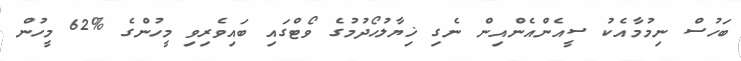
ބަހުސް ނިމުމާއެކު ސީއެންއެންއިން ނެގި ޚިޔާލުހޯދުމުގެ ވޯޓްގައި ބައިވެރިވި މީހުންގެ %62 މީހުން